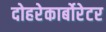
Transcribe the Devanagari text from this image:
दोहरेकार्बोरेटर